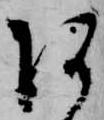
あ